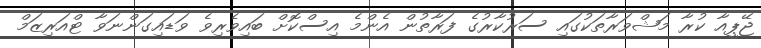
ޖޭޕީއާ ކުރާ މަޝްވަރާތަކުގައި ސަރުކާރުގެ ފަރާތުން އެންމެ އިސްކޮށް ބައިވެރިވެ ވަޑައިގަންނަވާ ޓްއަރިޒަމް